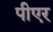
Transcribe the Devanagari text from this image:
पीएर